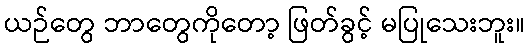
ယဉ်တွေ ဘာတွေကိုတော့ ဖြတ်ခွင့် မပြုသေးဘူး။